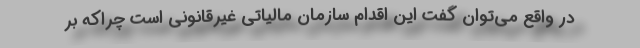
در واقع می‌توان گفت این اقدام سازمان مالیاتی غیرقانونی است چراکه بر